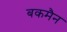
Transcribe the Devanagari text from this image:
बकमैन